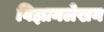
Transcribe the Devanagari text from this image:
विज्ञानलेखन